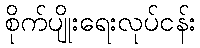
စိုက်ပျိုးရေးလုပ်ငန်း